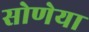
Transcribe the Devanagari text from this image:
सोणेया